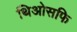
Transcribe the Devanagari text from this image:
थिओसफि